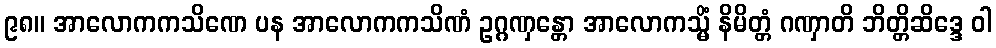
၉၈။ အာလောကကသိဏေ ပန အာလောကကသိဏံ ဥဂ္ဂဏှန္တော အာလောကသ္မိံ နိမိတ္တံ ဂဏှာတိ ဘိတ္တိဆိဒ္ဒေ ဝါ